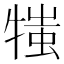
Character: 𤚍